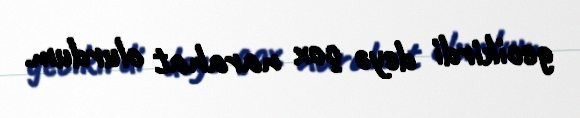
gecikirdi deyə çox narahat olurdum.